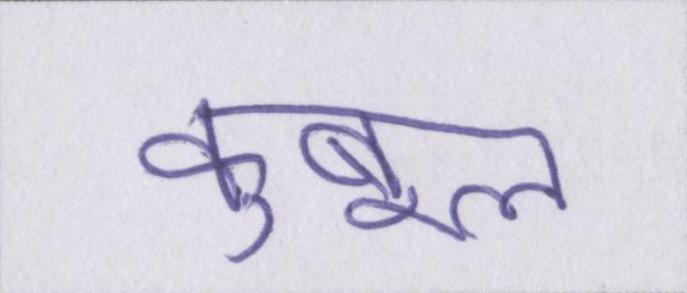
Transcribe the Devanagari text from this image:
कुबूल